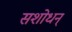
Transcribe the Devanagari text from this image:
सशोधन्